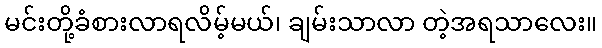
မင်းတို့ခံစားလာရလိမ့်မယ်၊ ချမ်းသာလာ တဲ့အရသာလေး။